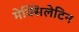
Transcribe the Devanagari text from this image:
मेक्सिलेटिन